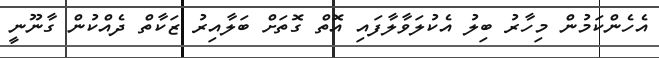
އެހެންކަމުން މިހާރު ބިލު އެކުލަވާލާފައި އޮތް ގޮތަށް ބަލާއިރު ޒަކާތް ދެއްކުން ގާނޫނީ